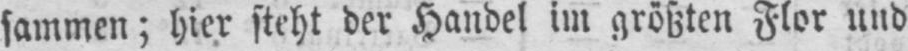
sammen; hier steht der Handel im größten Flor und